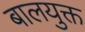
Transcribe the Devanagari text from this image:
बालयुक्त